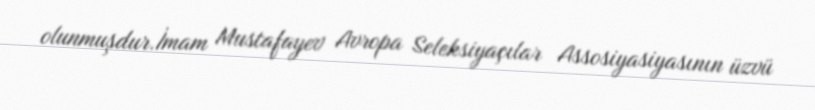
olunmuşdur.İmam Mustafayev Avropa Seleksiyaçılar Assosiyasiyasının üzvü